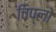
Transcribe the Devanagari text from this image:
चिप्लो